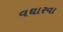
વઘારવા